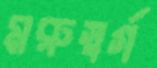
মরুস্বর্গ